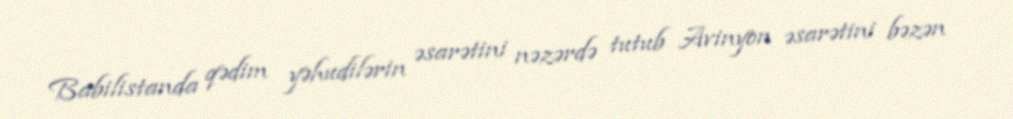
Babilistanda qədim yəhudilərin əsarətini nəzərdə tutub Avinyon əsarətini bəzən